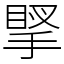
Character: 𢯲